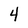
Character: 4